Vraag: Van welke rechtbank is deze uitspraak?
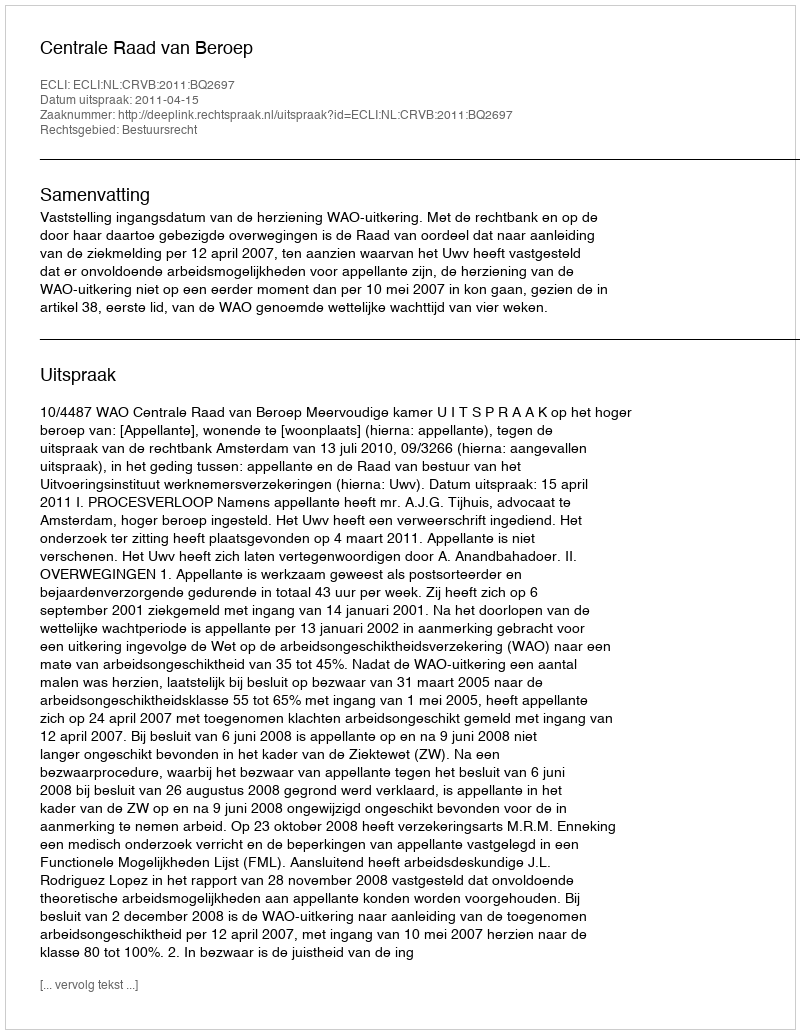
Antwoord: Centrale Raad van Beroep